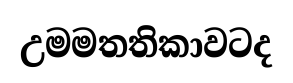
උමමතතිකාවටද